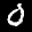
Label: 0